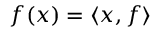
f ( x ) = \langle x , f \rangle